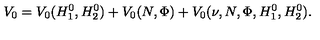
V _ { 0 } = V _ { 0 } ( H _ { 1 } ^ { 0 } , H _ { 2 } ^ { 0 } ) + V _ { 0 } ( N , \Phi ) + V _ { 0 } ( \nu , N , \Phi , H _ { 1 } ^ { 0 } , H _ { 2 } ^ { 0 } ) .